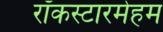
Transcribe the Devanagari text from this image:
रॉकस्टारमेहम